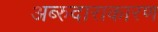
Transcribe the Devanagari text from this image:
अब्‍रुदाराकारण